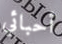
أحبائي